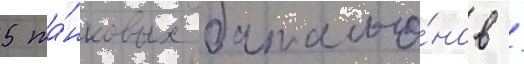
5 та́нковых батальо́нов /